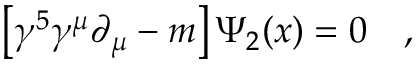
\left[ \gamma ^ { 5 } \gamma ^ { \mu } \partial _ { \mu } - m \right] \Psi _ { 2 } ( x ) = 0 \quad ,